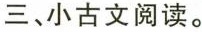
三、小古文阅读。